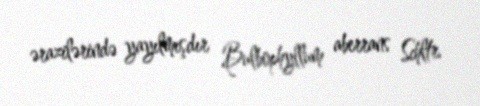
ərazilərində yayılmışdır Bulbophyllum aberrans Schltr.